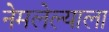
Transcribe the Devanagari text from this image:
नेमलेल्याला